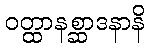
ဝတ္ထာနစ္ဆာဒနာနိ